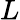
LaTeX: L